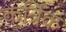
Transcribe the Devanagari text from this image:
कर्त्रिक